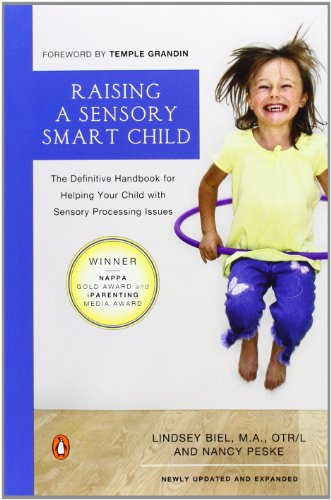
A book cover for Raising a Sensory Smart Child: The Definitive Handbook for Helping Your Child with SensoryProcessing Issues; Lindsey Biel; Parenting & Relationships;